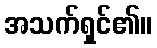
အသက်ရှင်၏။